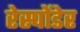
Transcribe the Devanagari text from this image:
रेस्पोंडेर